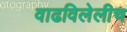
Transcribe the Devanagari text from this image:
वाढविलेलीच